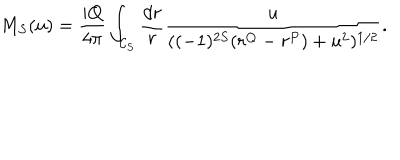
LaTeX: M _ { S } ( u ) = \frac { i Q } { 4 \pi } \int _ { { \cal C } _ { S } } \frac { d r } { r } \frac { u } { ( ( - 1 ) ^ { 2 S } ( r ^ { Q } - r ^ { P } ) + u ^ { 2 } ) ^ { 1 / 2 } } .